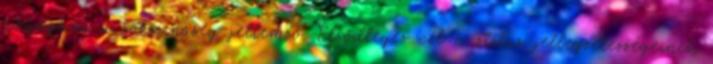
anyagára a sokszínűség jellemző. Elsődleges cél a stílus jellegzetességeinek